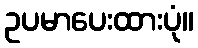
ဥပမာပေးထားပုံ။